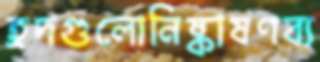
হ্রদগুলোনিষ্কাষণব্য